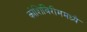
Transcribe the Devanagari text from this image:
कोशिंबिरीममध्ये